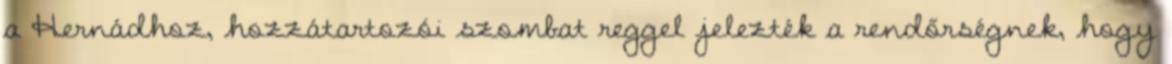
a Hernádhoz, hozzátartozói szombat reggel jelezték a rendőrségnek, hogy